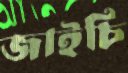
জাইচি